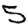
Digit: 5